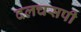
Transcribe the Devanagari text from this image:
दलचसपी